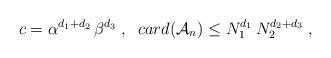
LaTeX: \begin{align*} c=\alpha^{d_1+d_2}\,\beta^{d_3}\;,\;\;card(\mathcal{A}_n)\leq N_1^{d_1}\,N_2^{d_2+d_3}\;,\end{align*}